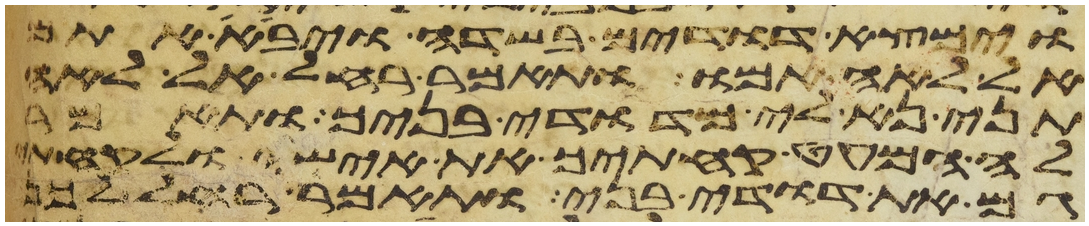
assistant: וימצא דודים בשדה ויבא אתם
אל לאה אמו ותאמר רחל אל לאה
תני נא לי מדודי בניך ותאמר
לה המעט קחתיך את אישי ולקחתי
גם את דודי בני ותאמר רחל לכן